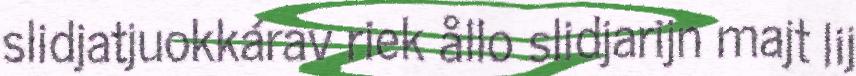
slidjatjuokkárav riek ållo slidjarijn majt lij